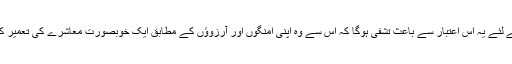
کشمیریوں کے لئے یہ اس اعتبار سے باعث تشفی ہوگا کہ اس سے وہ اپنی امنگوں اور آرزوؤں کے مطابق ایک خوبصورت معاشرے کی تعمیر کر سکیں گے۔